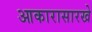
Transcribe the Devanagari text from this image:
आकारासारखे